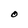
Character: O